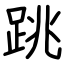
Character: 跳